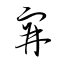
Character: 穽